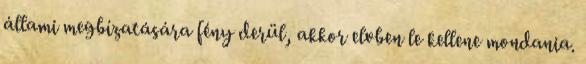
állami megbízatására fény derül, akkor elvben le kellene mondania.